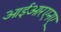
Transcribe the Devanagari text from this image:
आईआरएनए